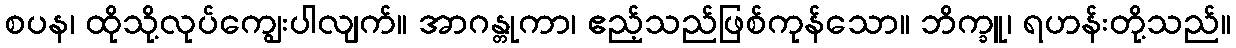
စပန၊ ထိုသို့လုပ်ကျွေးပါလျက်။ အာဂန္တုကာ၊ ဧည့်သည်ဖြစ်ကုန်သော။ ဘိက္ခူ၊ ရဟန်းတို့သည်။